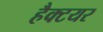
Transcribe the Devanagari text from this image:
हैक्टयर